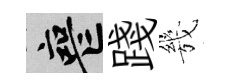
喪踐㡬